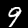
Label: 9